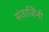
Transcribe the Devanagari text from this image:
संताजिंनी